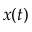
x ( t )